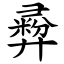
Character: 彛